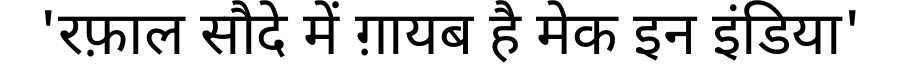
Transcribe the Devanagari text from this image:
'रफ़ाल सौदे में ग़ायब है मेक इन इंडिया'